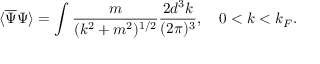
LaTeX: \langle { \overline { { \Psi } } } \Psi \rangle = \int { \frac { m } { ( k ^ { 2 } + m ^ { 2 } ) ^ { 1 / 2 } } } { \frac { 2 d ^ { 3 } k } { ( 2 \pi ) ^ { 3 } } } , \quad 0 < k < k _ { F } .